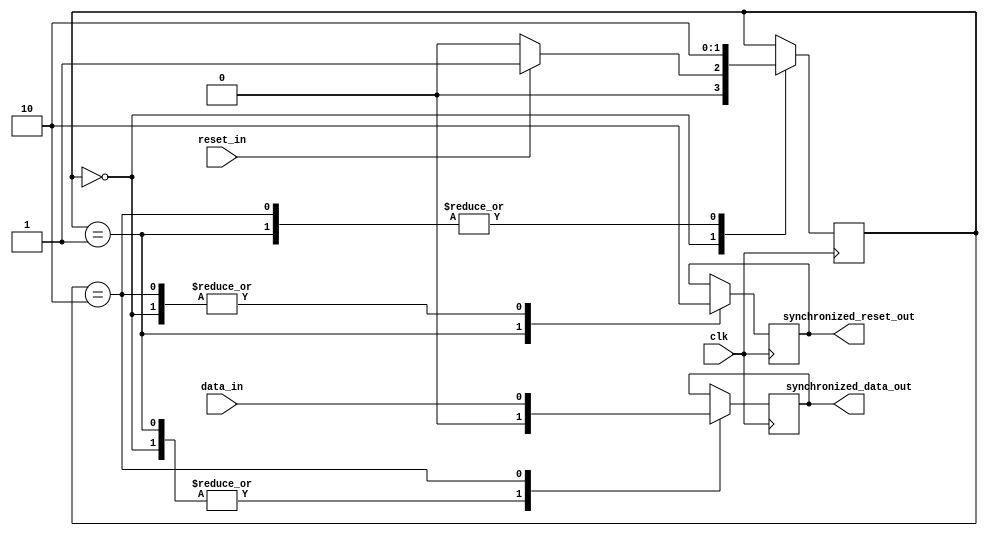
module synchronizer_with_reset (
    input wire clk,
    input wire reset_in,
    input wire data_in,
    
    output reg synchronized_data_out,
    output reg synchronized_reset_out
);

reg [1:0] state;

always @(posedge clk) begin
    case (state)
        2'b00: begin // idle state
            synchronized_data_out <= 1'b0;
            synchronized_reset_out <= 1'b0;
            if (reset_in == 1'b1) begin
                state <= 2'b01; // transition to reset_sync state
            end else begin
                state <= 2'b00;
            end
        end
        
        2'b01: begin // reset_sync state
            synchronized_data_out <= 1'b0;
            synchronized_reset_out <= 1'b1;
            state <= 2'b10; // transition to sync state
        end
        
        2'b10: begin // sync state
            synchronized_data_out <= data_in;
            synchronized_reset_out <= 1'b0;
            state <= 2'b10; // stay in sync state
        end
    endcase
end

endmodule